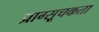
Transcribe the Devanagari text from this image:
प्राग्सूचकता